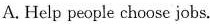
A. Help people choose jobs.